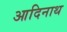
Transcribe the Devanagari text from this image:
आदिनाथ्‍ा